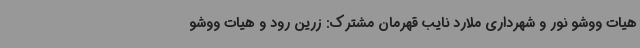
هیات ووشو نور و شهرداری ملارد نایب قهرمان مشترک: زرین رود و هیات ووشو